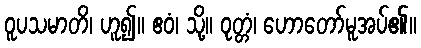
ဝူပသမာတိ၊ ဟူ၍။ ဧဝံ၊ သို့။ ဝုတ္တံ၊ ဟောတော်မူအပ်၏။